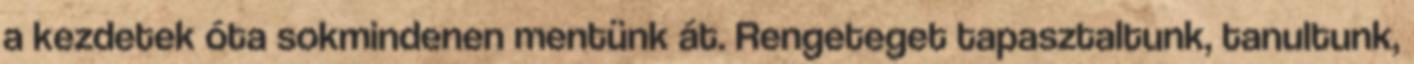
a kezdetek óta sokmindenen mentünk át. Rengeteget tapasztaltunk, tanultunk,